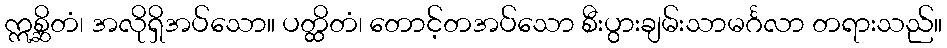
ဣစ္ဆိတံ၊ အလိုရှိအပ်သော။ ပတ္ထိတံ၊ တောင့်တအပ်သော စီးပွားချမ်းသာမင်္ဂလာ တရားသည်။